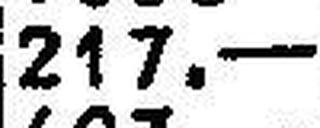
217.—